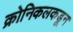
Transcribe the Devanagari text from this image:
क्रोनिकलकडून